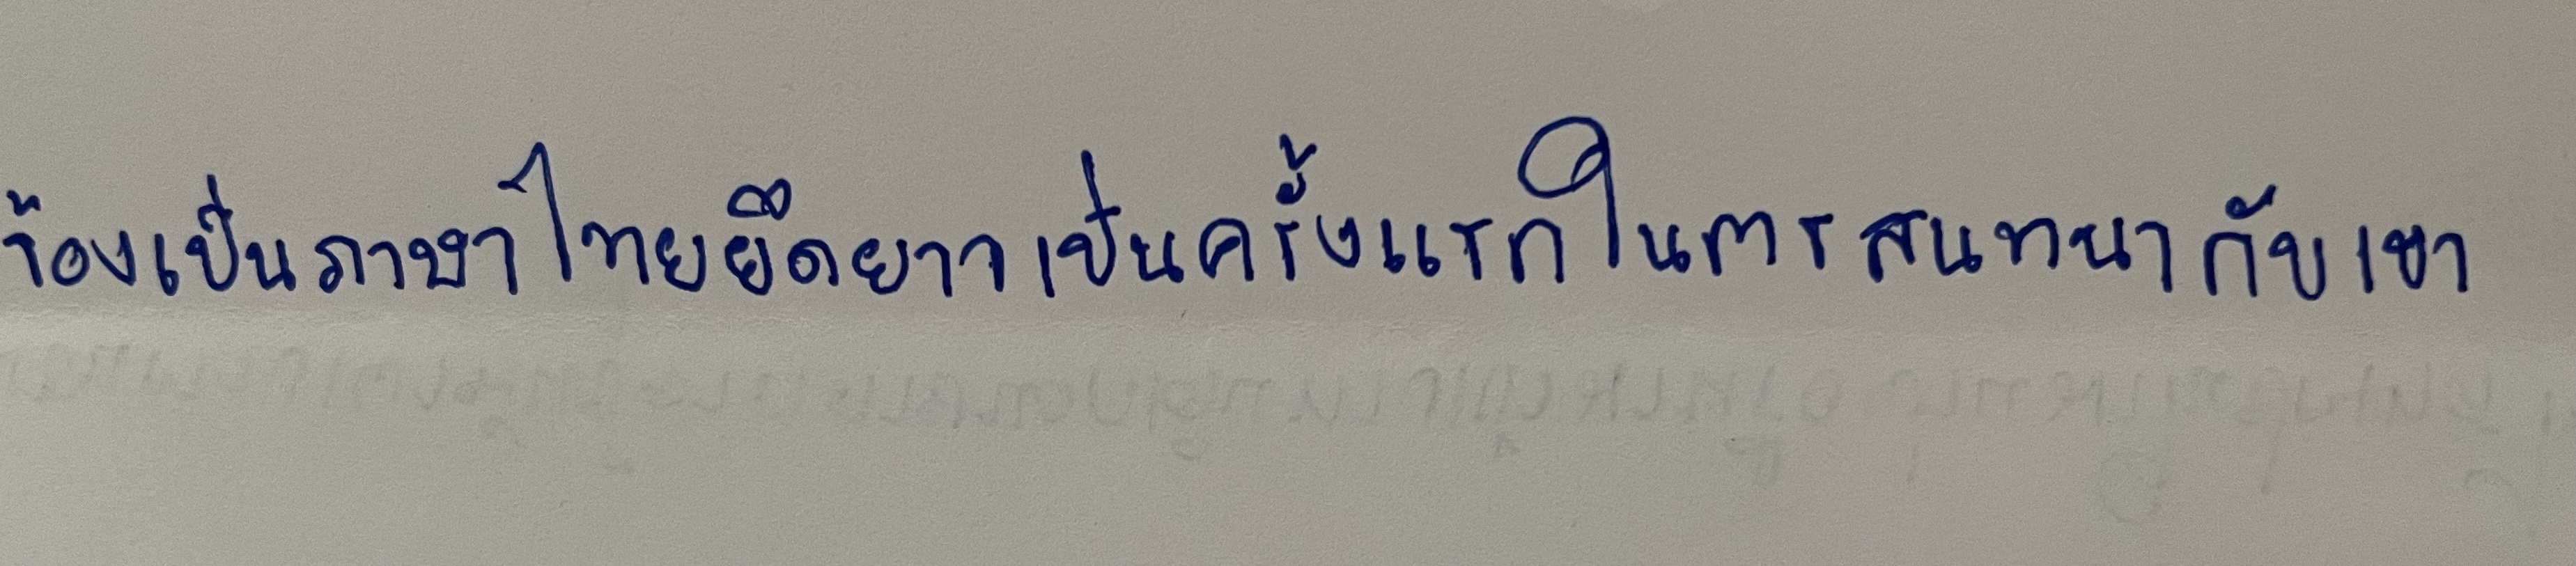
ร้องเป็นภาษาไทยยึดยาวเป็นครั้งแรกในการสนทนากับเขา